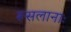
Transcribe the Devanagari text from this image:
रूसलानाः